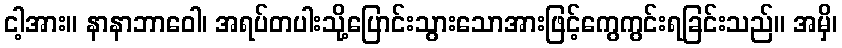
ငါ့အား။ နာနာဘာဝေါ၊ အရပ်တပါးသို့ပြောင်းသွားသောအားဖြင့်ကွေကွင်းရခြင်းသည်။ အမှိ၊